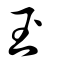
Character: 玊